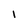
Character: I